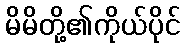
မိမိတို့၏ကိုယ်ပိုင်